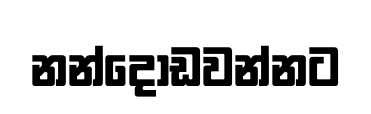
නන්දොඩවන්නට